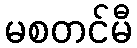
မစတင်မီ